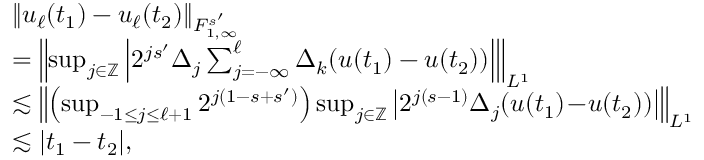
\begin{array} { r l } & { \| u _ { \ell } ( t _ { 1 } ) - u _ { \ell } ( t _ { 2 } ) \| _ { { F } _ { 1 , \infty } ^ { s ^ { \prime } } } } \\ & { = \left\| \operatorname* { s u p } _ { j \in \mathbb { Z } } \left| 2 ^ { j s ^ { \prime } } \Delta _ { j } \sum _ { j = - \infty } ^ { \ell } \Delta _ { k } ( u ( t _ { 1 } ) - u ( t _ { 2 } ) ) \right| \right\| _ { { L } ^ { 1 } } } \\ & { \lesssim \left\| \left( \operatorname* { s u p } _ { - 1 \leq j \leq \ell + 1 } 2 ^ { j ( 1 - s + s ^ { \prime } ) } \right) \operatorname* { s u p } _ { j \in \mathbb { Z } } \left| 2 ^ { j ( s - 1 ) } \Delta _ { j } ( u ( t _ { 1 } ) \! - \! u ( t _ { 2 } ) ) \right| \right\| _ { { L } ^ { 1 } } } \\ & { \lesssim | t _ { 1 } - t _ { 2 } | , } \end{array}